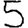
Digit: 5